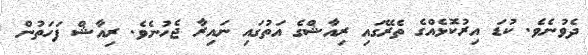
ދެވުނެވެ. ކުޑަ އިރުކޮޅެއްގެ ތެރޭގައި ރިއާޝްގެ އަތުގައި ނައިރާ ޖެހުނެވެ. ރިއާޝް ފަހަތުން